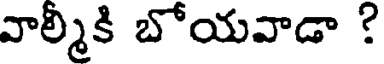
వాల్మీకి బోయవాడా ?